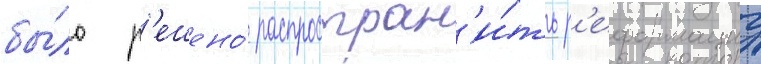
бы́ло р'ешено́ распростран'и́ть р'еформациу